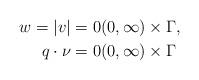
LaTeX: \begin{align*}w = |v| &= 0 (0, \infty) \times \Gamma, \\q \cdot \nu &= 0 (0, \infty) \times \Gamma\end{align*}